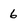
Character: 6